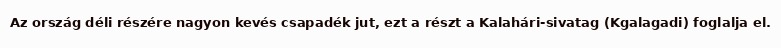
Az ország déli részére nagyon kevés csapadék jut, ezt a részt a Kalahári-sivatag (Kgalagadi) foglalja el.